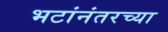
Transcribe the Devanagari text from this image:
भटांनंतरच्या